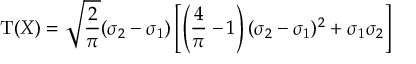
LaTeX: \operatorname { T } ( X ) = { \sqrt { \frac { 2 } { \pi } } } ( \sigma _ { 2 } - \sigma _ { 1 } ) \left[ \left( { \frac { 4 } { \pi } } - 1 \right) ( \sigma _ { 2 } - \sigma _ { 1 } ) ^ { 2 } + \sigma _ { 1 } \sigma _ { 2 } \right]